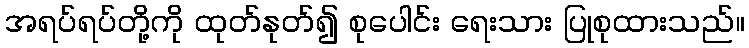
အရပ်ရပ်တို့ကို ထုတ်နုတ်၍ စုပေါင်း ရေးသား ပြုစုထားသည်။